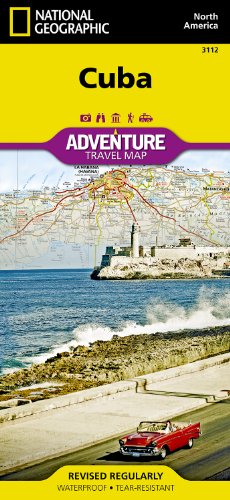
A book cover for Cuba (National Geographic Adventure Map); National Geographic Maps - Adventure; Travel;